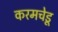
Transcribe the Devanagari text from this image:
करमचेडू